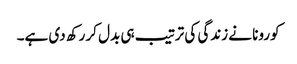
کورونا نے زندگی کی ترتیب ہی بدل کر رکھ دی ہے۔